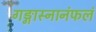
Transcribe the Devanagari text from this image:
गङ्गास्नानंफलं